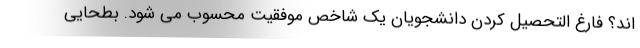
اند؟ فارغ التحصیل کردن دانشجویان یک شاخص موفقیت محسوب می شود. بطحایی